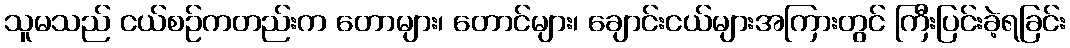
သူမသည် ငယ်စဉ်ကတည်းက တောများ၊ တောင်များ၊ ချောင်းငယ်များအကြားတွင် ကြီးပြင်းခဲ့ရခြင်း